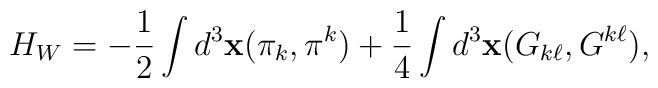
H_{W} =  - \frac{1}{2} \int d^{3}{\bf x} (\pi_{k}, \pi^{k}) + \frac{1}{4}\int d^{3}{\bf x}(G_{k\ell}, G^{k\ell}),